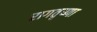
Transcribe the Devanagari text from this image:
रागतृष्णा